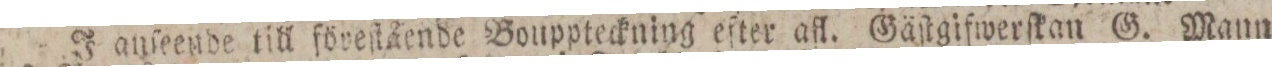
J anſeende till föreſtående Bouppteckning efter afl. Gäſtgifwerſkan G. Mann